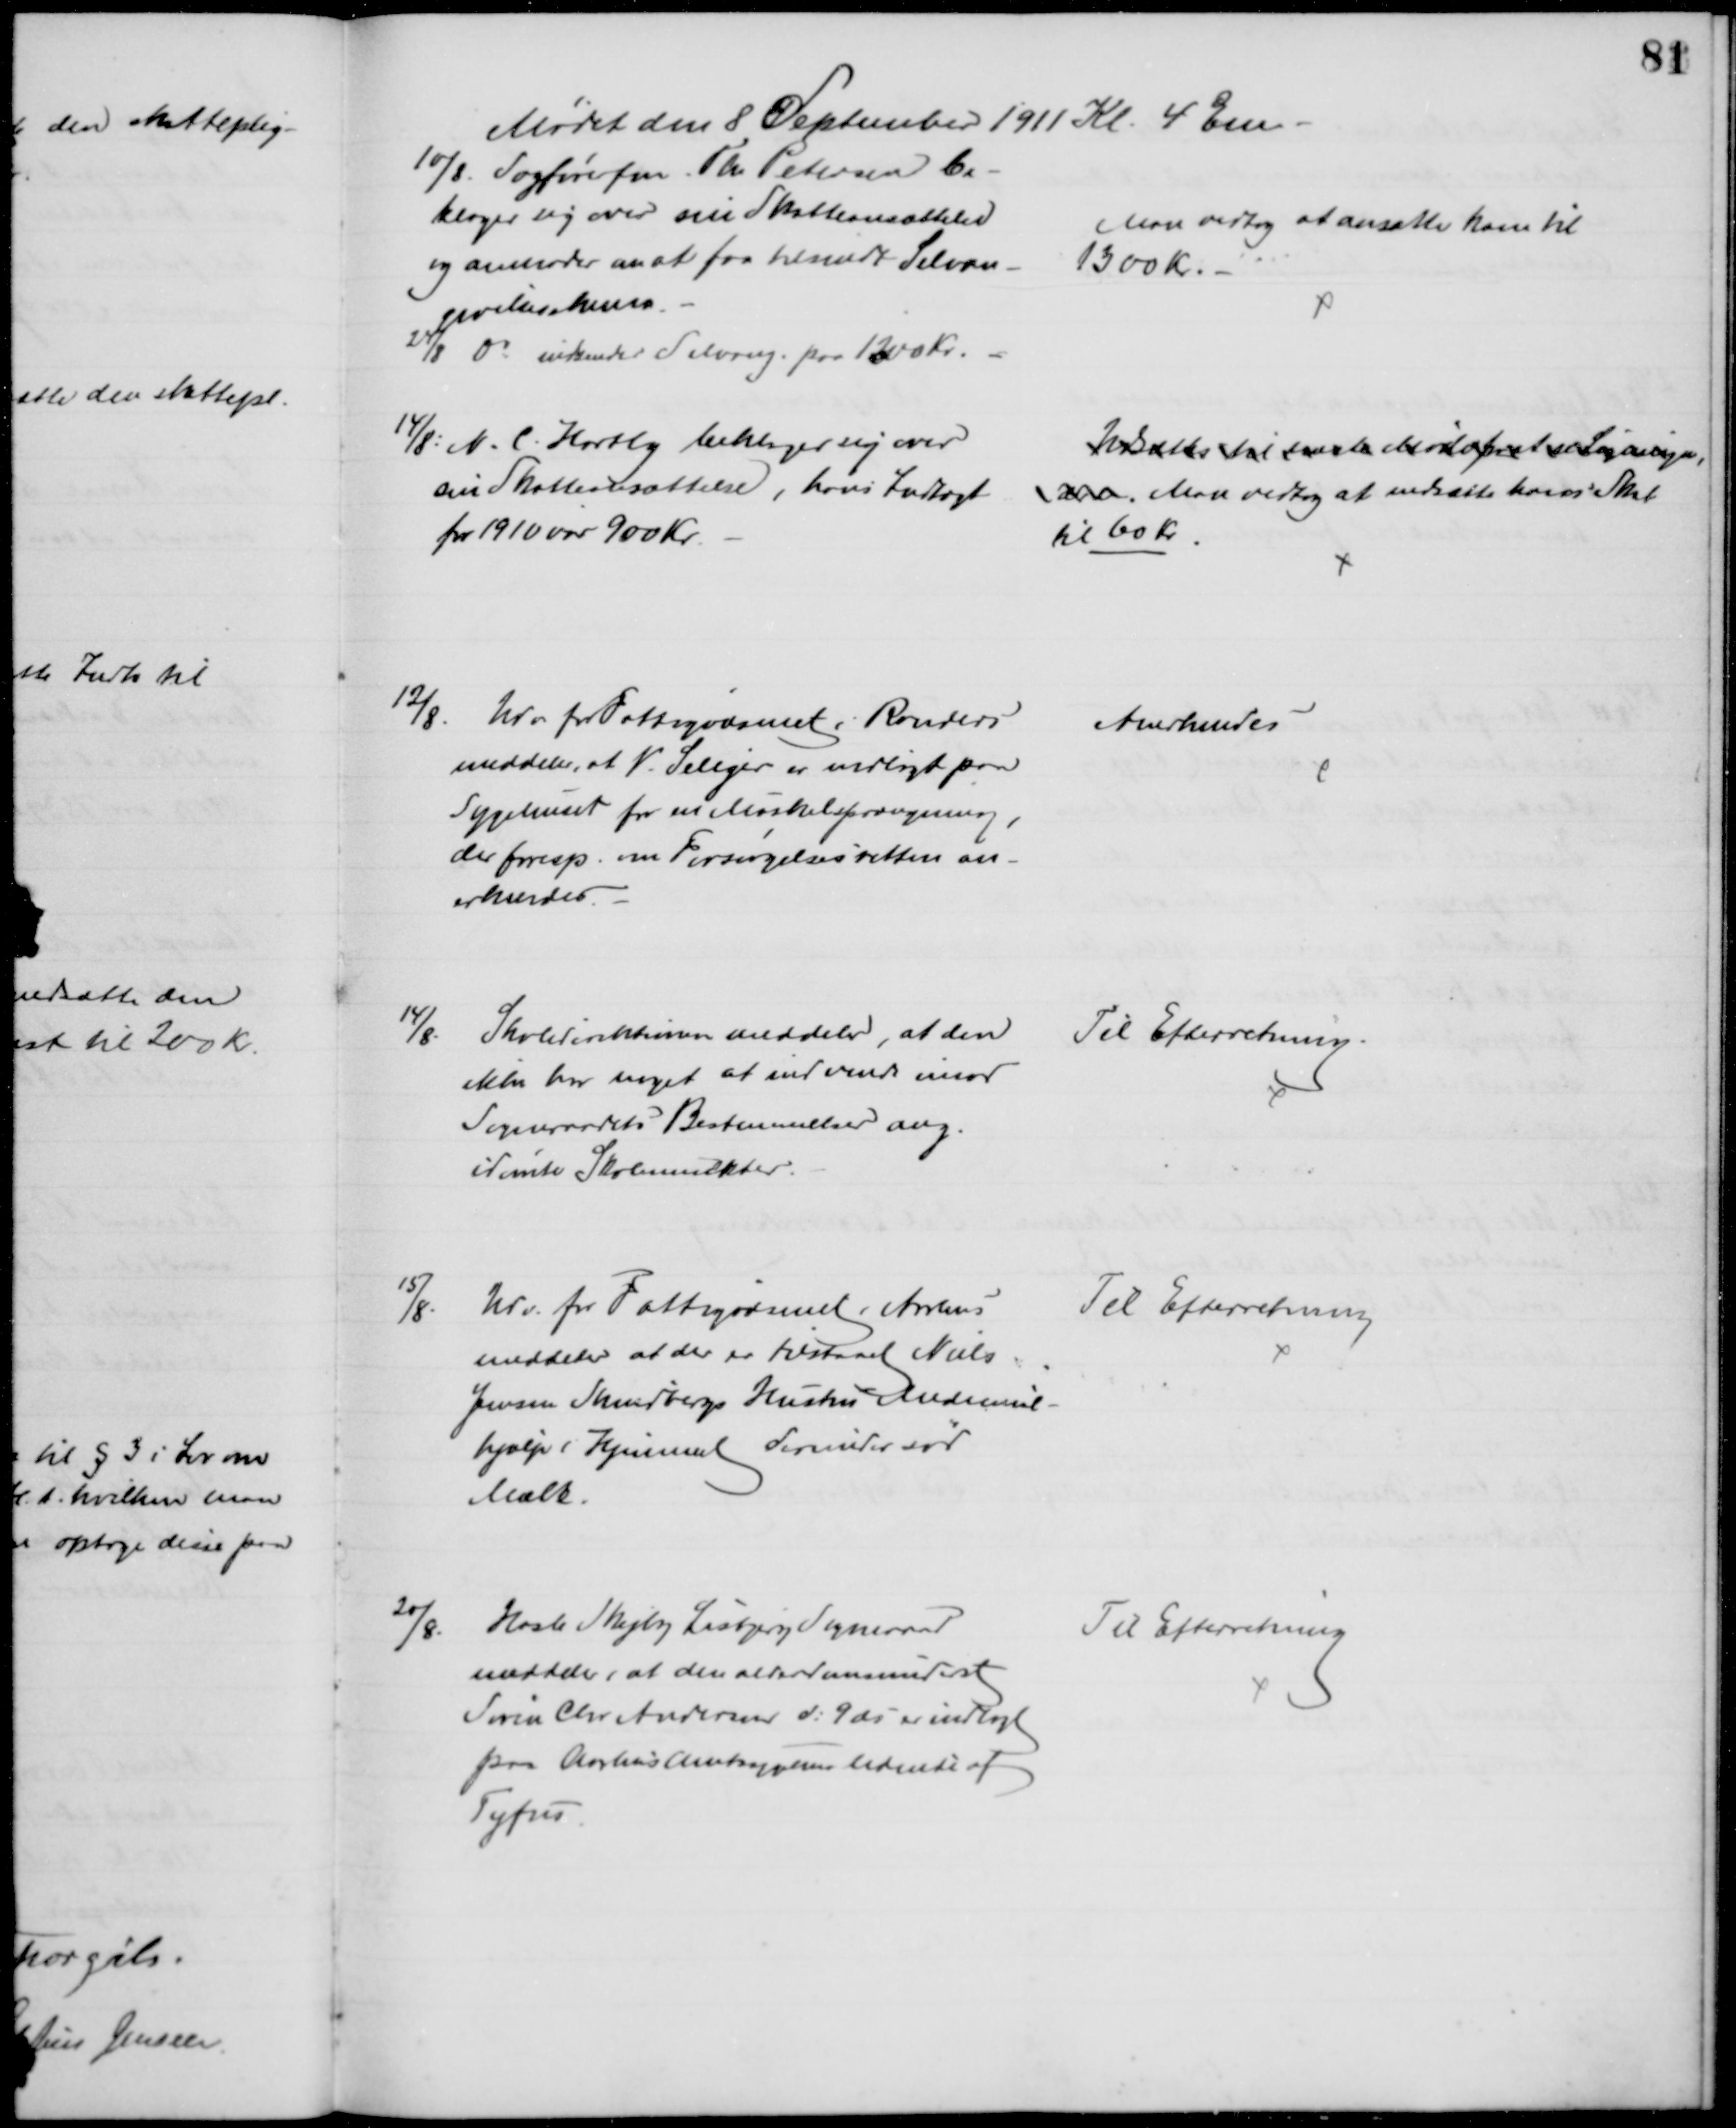
Transskription:
Mødet den 8 September 1911 Kl. 4 Em.
10/8. Sagførerfm. Th. Petersen be-
klager sig over sin Skatteansættelse
og anmoder om at faa tilsendt Selvan-
givelsesskema.
24/8 Do indsender Selvang. paa 1200 Kr.
Man vedtog at ansætte ham til
1300 Kr.
14/8: N. C. Hartly beklager sig over 
sin Skatteansættelse, hans Indtægt
for 1910 var 900 Kr.
Udsættes til næste Møde for at se Ligningen,
der. Man vedtog at nedsætte hans Skat
til 60 Kr.
12/8. Udv for Fattigvæsenet i Randers
meddeler, at V. Seliger er indlagt paa
Sygehuset for en Muskelsprængning,
der foresp. om Forsørgelsesretten an-
erkendes.
Anerkendes
14/8. Skoledirektionen meddeler, at den
ikke har noget at indvende imod
Sogneraadets Bestemmelser ang.
idømte Skolemulkter.
Til Efterretning.
15/8.
Udv. for Fattigvæsenet i Aarhus
meddeler at der er tilstaaet Niels
Jensen Skindbergs Hustru Medicinal-
hjælp i Hjemmet derunder sød
Mælk.
Til Efterretning
20/8.
Hasle Skejby Lisbjerg Sogneraad
meddeler, at den alderdomsunderst
Søren Chr Andersen d: 9 ds er indlagt
paa Aarhus Amtsygehus lidende af 
Tyfus
Til Efterretning